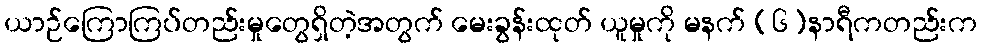
ယာဉ်ကြောကြပ်တည်းမှုတွေရှိတဲ့အတွက် မေးခွန်းထုတ် ယူမှုကို မနက် (၆)နာရီကတည်းက